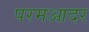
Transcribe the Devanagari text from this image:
परमआदर